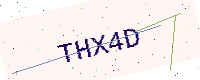
Text: THX4D